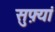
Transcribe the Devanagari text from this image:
सुफ़्यां